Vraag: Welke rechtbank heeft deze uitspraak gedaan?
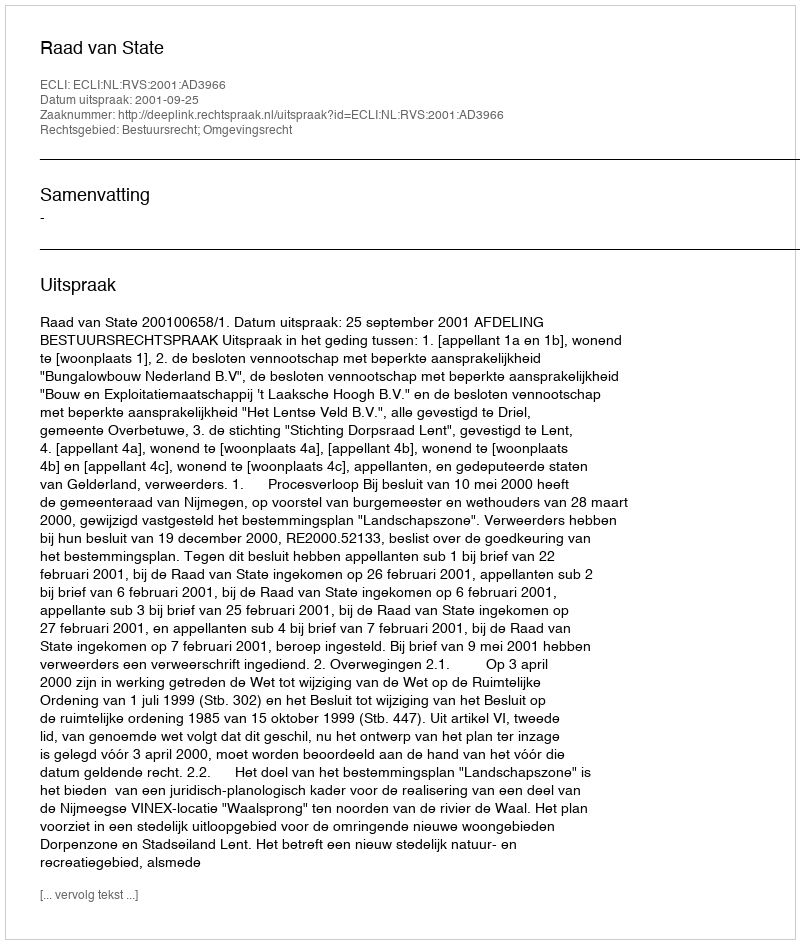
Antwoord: Raad van State